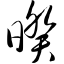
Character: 暌